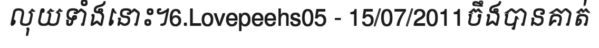
លុយទាំងនោះ។6.Lovepeehs05 - 15/07/2011ចឹងបានគាត់